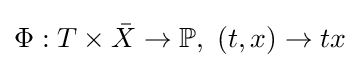
\Phi :T\times {\bar {X}}\to \mathbb {P} ,\ (t,x)\to tx